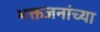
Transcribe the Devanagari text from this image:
भक्तजनांच्या